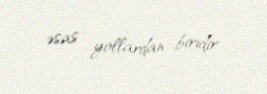
əsas yollardan biridir.